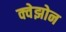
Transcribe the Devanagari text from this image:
क्वेझोन